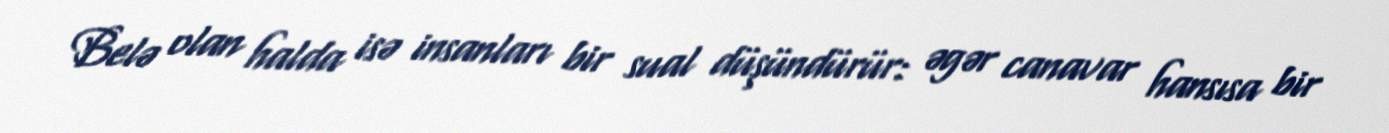
Belə olan halda isə insanları bir sual düşündürür: əgər canavar hansısa bir